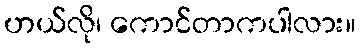
ဟယ်လို၊ ကောင်တာကပါလား။